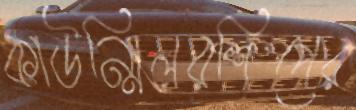
কাউন্সিলরশিপের